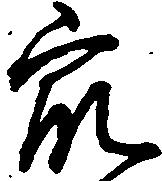
衆